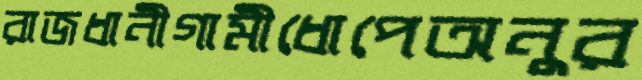
রাজধানীগামীধোপেঅনুর